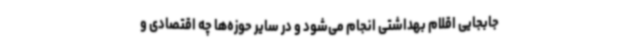
جابجایی اقلام بهداشتی انجام می‌شود و در سایر حوزه‌ها چه اقتصادی و